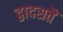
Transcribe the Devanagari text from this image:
द्वादसतैं